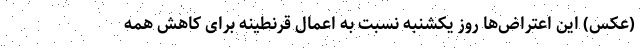
(عکس) این اعتراض‌ها روز یکشنبه نسبت به اعمال قرنطینه برای کاهش همه